Bombay plague: being a history of the progress of plague in the Bombay presidency from September 1896 to June 1899
Year: 1896
Disease focus: Plague
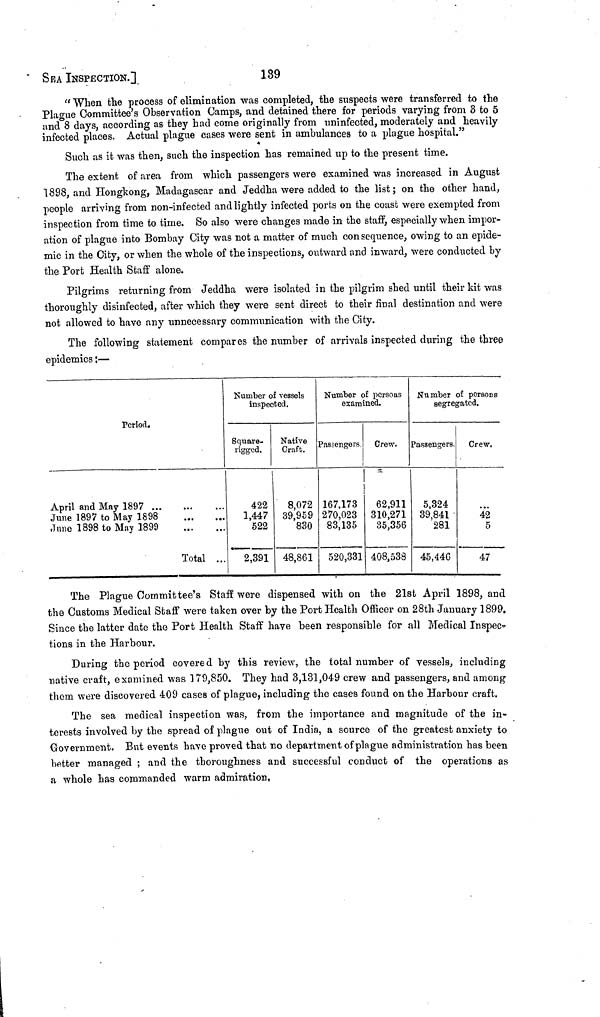
SEA INSPECTION.]
139
"When the process of elimination was completed, the suspects were transferred to the
Plague Committee's Observation Camps, and detained there for periods varying from 3 to 5
and 8 days, according as they had come originally from uninfected, moderately and heavily
infected places. Actual plague cases were sent in ambulances to a plague hospital."
Such as it was then, such the inspection has remained up to the present time.
The extent of area from which passengers were examined was increased in August
1898, and Hongkong, Madagascar and Jeddha were added to the list ; on the other hand,
people arriving from non-infected and lightly infected ports on the coast were exempted from
inspection from time to time. So also were changes made in the staff, especially when impor-
ation of plague into Bombay City was not a matter of much con sequence, owing to an epide-
mic in the City, or when the whole of the inspections, outward and inward, were conducted by
the Port Health Staff alone.
Pilgrims returning from Jeddha were isolated in the pilgrim shed until their kit was
thoroughly disinfected, after which they were sent direct to their final destination and were
not allowed to have any unnecessary communication with the City.
The following statement compares the number of arrivals inspected during the three
epidemics :—
Period.
April and May 1897 ...
June 1897 to May 1898
June 1898 to May 1899
...
...
Total
...
...
Number of vessels
inspected.
Number of persons
examined.
Number of persons
segregated.
Square-
rigged.
422
1,447
522
2,391
Native
Graft.
8,072
39,959
830
48,861
Passengers
167,173
270,023
83,135
520,331
Crew.
62,911
310,271
35,356
408,538
Passengers.
5,324
39,841
281
45,446
Crew.
42
5
47
The Plague Committee's Staff were dispensed with on the 21st April 1898, and
the Customs Medical Staff were taken over by the Port Health Officer on 28th January 1899.
Since the latter date the Port Health Staff have been responsible for all Medical Inspec
tions in the Harbour.
During the period covered by this review, the total number of vessels, including
native craft, examined was 379,850. They had 3,131,049 crew and passengers, and among
them were discovered 409 cases of plague, including the cases found on the Harbour craft.
The sea medical inspection was, from the importance and magnitude of the in-
terests involved by the spread of plague out of India, a source of the greatest anxiety to
Government. But events have proved that no department of plague administration has been
better managed ; and the thoroughness and successful conduct of the operations as
a whole has commanded warm admiration.